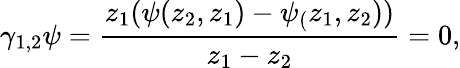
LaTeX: \gamma_{1,2}\psi=\frac{z_{1}(\psi(z_{2},z_{1})-\psi_{(}z_{1},z_{2}))}{z_{1}-z_{2}}=0,